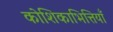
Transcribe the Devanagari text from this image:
कोशिकाभित्तियाँ